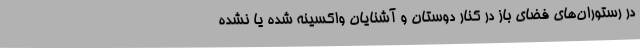
در رستوران‌های فضای باز در کنار دوستان و آشنایان واکسینه شده یا نشده